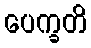
ပေက္ခတိ